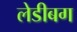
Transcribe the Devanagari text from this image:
लेडीबग